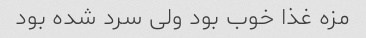
مزه غذا خوب بود ولی سرد شده بود